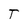
Character: T